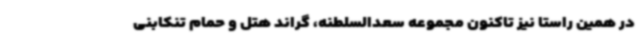
در همین راستا نیز تاکنون مجموعه سعدالسلطنه، گراند هتل و حمام تنکابنی